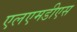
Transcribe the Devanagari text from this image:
एलएमडीएस